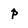
Character: P